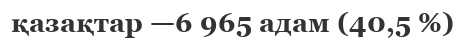
қазақтар —6 965 адам (40,5 %)